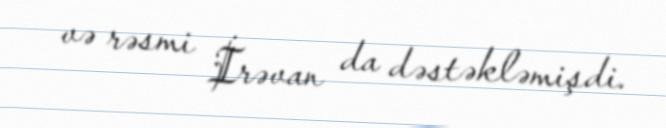
və rəsmi İrəvan da dəstəkləmişdi.